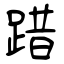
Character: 踖